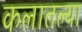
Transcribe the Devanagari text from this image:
कलातल्या